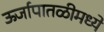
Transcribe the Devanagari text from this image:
ऊर्जापातळीमध्ये